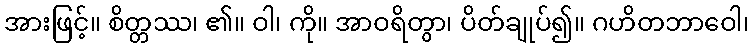
အားဖြင့်။ စိတ္တဿ၊ ၏။ ဝါ၊ ကို။ အာဝရိတွာ၊ ပိတ်ချုပ်၍။ ဂဟိတဘာဝေါ၊